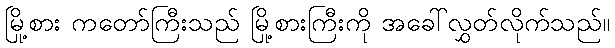
မြို့စား ကတော်ကြီးသည် မြို့စားကြီးကို အခေါ်လွှတ်လိုက်သည်။